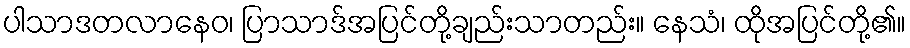
ပါသာဒတလာနေဝ၊ ပြာသာဒ်အပြင်တို့ချည်းသာတည်း။ နေသံ၊ ထိုအပြင်တို့၏။